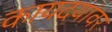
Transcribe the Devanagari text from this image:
कायदयांवर